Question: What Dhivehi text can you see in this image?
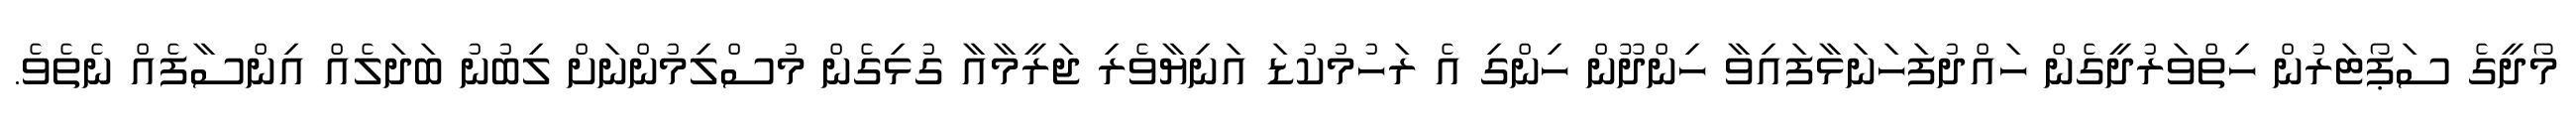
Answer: މޯދީގެ ސަޕޯޓަރުން ހިތްވަރުދީގެން ހައްދުފަހަނަޅާފައިވާ ހިންދޫން ހިންގި އެ ރަހުމުކުޑަ އަނިޔާވެރި ޖަރީމާއާ ގުޅިގެން މުސްލިމުންނަށް ލިބުނު ބަދަލެއް އިންސާފެއް ނެތެވެ.